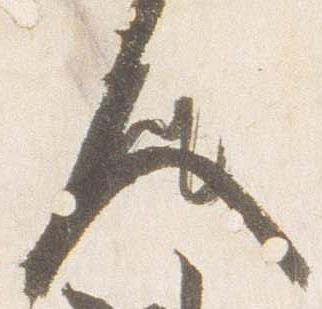
人